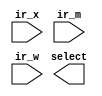
module bypass_ctrl(select, ir_x, ir_m, ir_w);

    input [31:0] ir_x, ir_m, ir_w;
    output [1:0] select;

    

endmodule